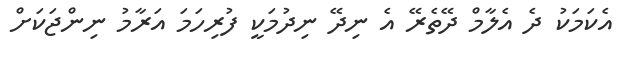
އެކަމަކު ދެ އެލާމް ދޭތެރޭ އެ ނިދޭ ނިދުމަކީ ފުރިހަމަ އަރާމު ނިންޖަކަށް